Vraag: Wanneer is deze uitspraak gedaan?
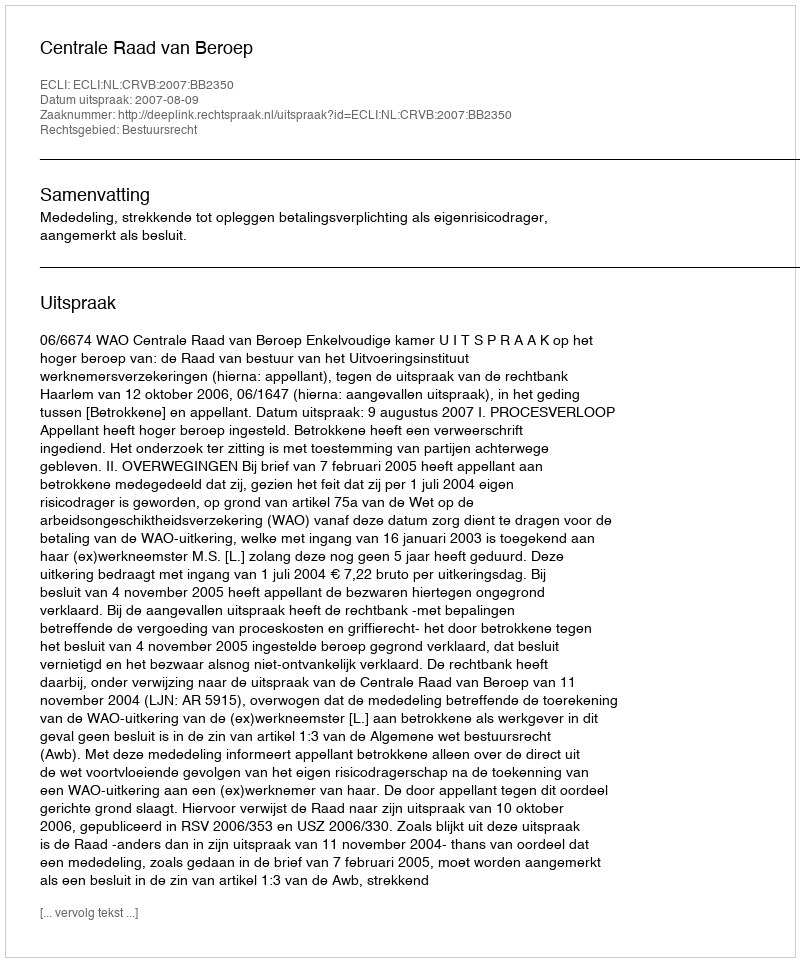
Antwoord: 2007-08-09